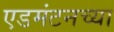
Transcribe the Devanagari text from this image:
एडमंटनच्या